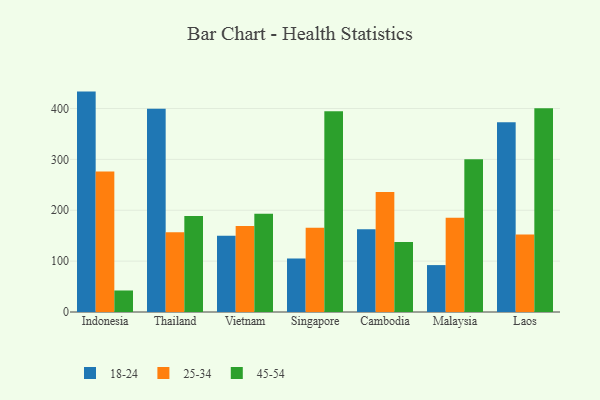
{"axis": {"x": "Country", "y": "Gross Profit (USD K)"}, "legend": ["18-24", "25-34", "45-54"], "data": [{"x": "Indonesia", "y": 433.2, "type": "18-24"}, {"x": "Indonesia", "y": 276.1, "type": "25-34"}, {"x": "Indonesia", "y": 42.3, "type": "45-54"}, {"x": "Thailand", "y": 399.7, "type": "18-24"}, {"x": "Thailand", "y": 156.6, "type": "25-34"}, {"x": "Thailand", "y": 188.7, "type": "45-54"}, {"x": "Vietnam", "y": 149.8, "type": "18-24"}, {"x": "Vietnam", "y": 169.0, "type": "25-34"}, {"x": "Vietnam", "y": 193.1, "type": "45-54"}, {"x": "Singapore", "y": 105.4, "type": "18-24"}, {"x": "Singapore", "y": 165.8, "type": "25-34"}, {"x": "Singapore", "y": 394.4, "type": "45-54"}, {"x": "Cambodia", "y": 162.8, "type": "18-24"}, {"x": "Cambodia", "y": 235.8, "type": "25-34"}, {"x": "Cambodia", "y": 137.8, "type": "45-54"}, {"x": "Malaysia", "y": 92.2, "type": "18-24"}, {"x": "Malaysia", "y": 185.2, "type": "25-34"}, {"x": "Malaysia", "y": 300.0, "type": "45-54"}, {"x": "Laos", "y": 373.2, "type": "18-24"}, {"x": "Laos", "y": 152.4, "type": "25-34"}, {"x": "Laos", "y": 400.3, "type": "45-54"}]}